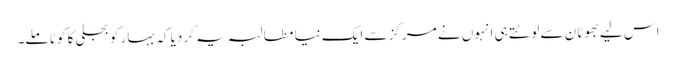
اس لیے بھوٹان سے لوٹتے ہی انہوں نے مرکز سے ایک نیا مطالبہ یہ کر دیا کہ بہار کو بجلی کا کوٹا ملے۔